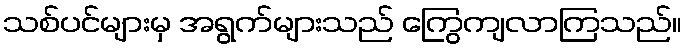
သစ်ပင်များမှ အရွက်များသည် ကြွေကျလာကြသည်။